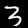
Digit: 3